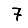
Digit: 7